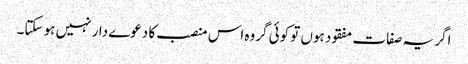
اگر یہ صفات مفقود ہوں تو کوئی گروہ اس منصب کا دعوے دار نہیں ہو سکتا۔